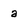
Character: a